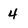
Character: 4